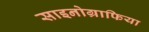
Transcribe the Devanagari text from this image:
साइनोग्राफिया